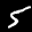
Label: 5